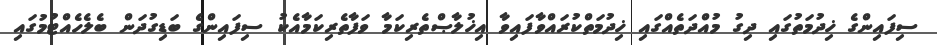
ސިފައިންގެ ޚިދުމަތުގައި ދިގު މުއްދަތެއްގައި ޚިދުމަތްކުރައްވާފައިވާ އިޚުލާޞްތެރިކަމާ ވަފާތެރިކަމާއެކު ސިފައިންގެ ބަޑިގުދަން ބެލެހެއްޓުމުގައި